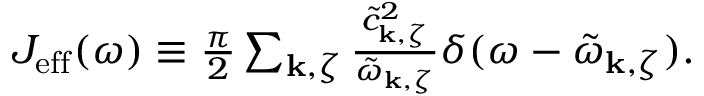
\begin{array} { r } { J _ { \mathrm { e f f } } ( \omega ) \equiv \frac { \pi } { 2 } \sum _ { \mathbf { k } , \zeta } \frac { \tilde { c } _ { \mathbf { k } , \zeta } ^ { 2 } } { \tilde { \omega } _ { \mathbf { k } , \zeta } } \delta ( \omega - \tilde { \omega } _ { \mathbf { k } , \zeta } ) . } \end{array}